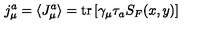
j _ { \mu } ^ { a } = \langle J _ { \mu } ^ { a } \rangle = \mathrm { t r } \left[ \gamma _ { \mu } \tau _ { a } S _ { F } ( x , y ) \right]